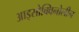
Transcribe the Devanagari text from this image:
आइसोक्विनोलीन